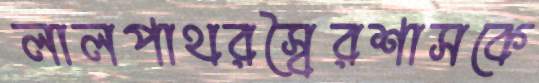
লালপাথরস্বৈরশাসকে